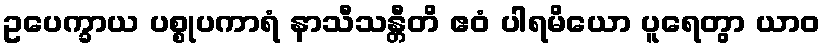
ဥပေက္ခာယ ပစ္စုပကာရံ နာသီသန္တီတိ ဧဝံ ပါရမိယော ပူရေတွာ ယာဝ